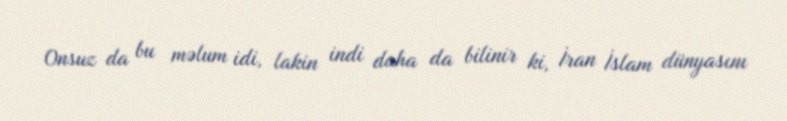
Onsuz da bu məlum idi, lakin indi daha da bilinir ki, İran İslam dünyasını